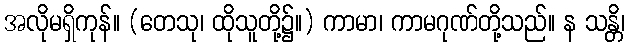
အလိုမရှိကုန်။ (တေသု၊ ထိုသူတို့၌။) ကာမာ၊ ကာမဂုဏ်တို့သည်။ န သန္တိ၊